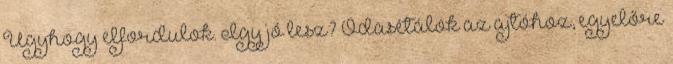
Úgyhogy elfordulok. Így jó lesz? Odasétálok az ajtóhoz, egyelőre